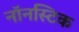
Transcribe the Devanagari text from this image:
नॉनस्टिक